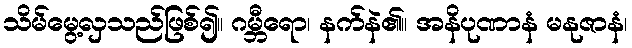
သိမ်မွေ့လှသည်ဖြစ်၍။ ဂမ္ဘီရော၊ နက်နဲ၏။ အနိပုဏာနံ မနုဇာနံ၊